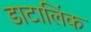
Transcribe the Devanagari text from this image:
डाटालिंक